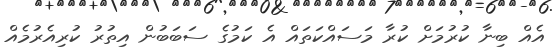
އެއް ބިނާ ކުރުމަށް ކުރާ މަސައްކަތައް އެ ކަމުގެ ސަބަބުން އިތުރު ކުރިއެރުމެއް